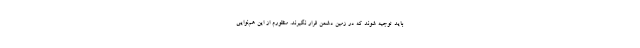
باید توجیه شوند که در زمین دشمن قرار نگیرند. منظورم از این هم‌نوایی